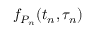
f _ { P _ { n } } ( t _ { n } , \tau _ { n } )